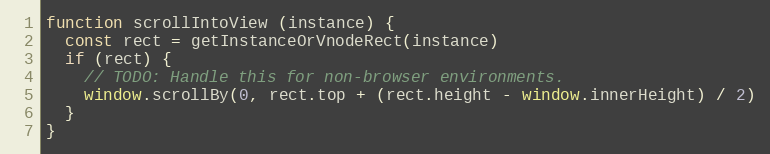
Language: JavaScript
function scrollIntoView (instance) {
  const rect = getInstanceOrVnodeRect(instance)
  if (rect) {
    // TODO: Handle this for non-browser environments.
    window.scrollBy(0, rect.top + (rect.height - window.innerHeight) / 2)
  }
}